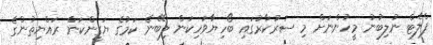
ފްލެޓް ނުލިބުނު މީހުންނަށް މި ސަރުކާރުގައި ބޯހިޔާވަހިކަން ލިބޭނެ ކަމުގެ ޔަގީންކަން ރައްޔިތުންގެ